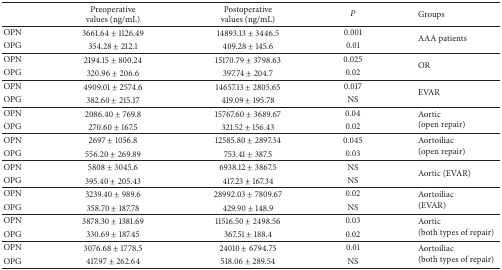
<table><thead><tr><td><b> </b></td><td><b>Preoperativevalues (ng/mL)</b></td><td><b>Postoperativevalues (ng/mL)</b></td><td><b><i>P</i></b></td><td><b>Groups</b></td></tr></thead><tbody><tr><td>OPN</td><td>3661.64 ± 1126.49</td><td>14893.13 ± 3446.5</td><td>0.001</td><td rowspan="2">AAA patients</td></tr><tr><td>OPG</td><td>354.28 ± 212.1</td><td>409.28 ± 145.6</td><td>0.01</td></tr><tr><td>OPN </td><td>2194.15 ± 800.24</td><td>15170.79 ± 3798.63</td><td>0.025</td><td rowspan="2">OR</td></tr><tr><td>OPG</td><td>320.96 ± 206.6</td><td>397.74 ± 204.7</td><td>0.02</td></tr><tr><td>OPN</td><td>4909.01 ± 2574.6</td><td>14657.13 ± 2805.65</td><td>0.017</td><td rowspan="2">EVAR</td></tr><tr><td>OPG</td><td>382.60 ± 215.17</td><td>419.09 ± 195.78</td><td>NS</td></tr><tr><td>OPN</td><td>2086.40 ± 769.8</td><td>15767.60 ± 3689.67</td><td>0.04</td><td rowspan="2">Aortic(open repair)</td></tr><tr><td>OPG</td><td>270.60 ± 167.5</td><td>321.52 ± 156.43</td><td>0.02</td></tr><tr><td>OPN</td><td>2697 ± 1056.8</td><td>12585.80 ± 2897.34</td><td>0.045</td><td rowspan="2">Aortoiliac(open repair)</td></tr><tr><td>OPG</td><td>556.20 ± 269.89</td><td>753.41 ± 387.5</td><td>0.03</td></tr><tr><td>OPN</td><td>5808 ± 3045.6</td><td>6938.12 ± 3867.5</td><td>NS</td><td rowspan="2">Aortic (EVAR)</td></tr><tr><td>OPG</td><td>395.40 ± 205.43</td><td>417.23 ± 167.34</td><td>NS</td></tr><tr><td>OPN</td><td>3239.40 ± 989.6</td><td>28992.03 ± 7809.67</td><td>0.02</td><td rowspan="2">Aortoiliac(EVAR)</td></tr><tr><td>OPG</td><td>358.70 ± 187.78</td><td>429.90 ± 148.9</td><td>NS</td></tr><tr><td>OPN</td><td>3878.30 ± 1381.69</td><td>11516.50 ± 2498.56</td><td>0.03</td><td rowspan="2">Aortic(both types of repair)</td></tr><tr><td>OPG</td><td>330.69 ± 187.45</td><td>367.51 ± 188.4</td><td>0.02</td></tr><tr><td>OPN</td><td>3076.68 ± 1778.5</td><td>24010 ± 6794.75</td><td>0.01</td><td rowspan="2">Aortoiliac(both types of repair)</td></tr><tr><td>OPG</td><td>417.97 ± 262.64</td><td>518.06 ± 289.54</td><td>NS</td></tr></tbody></table>